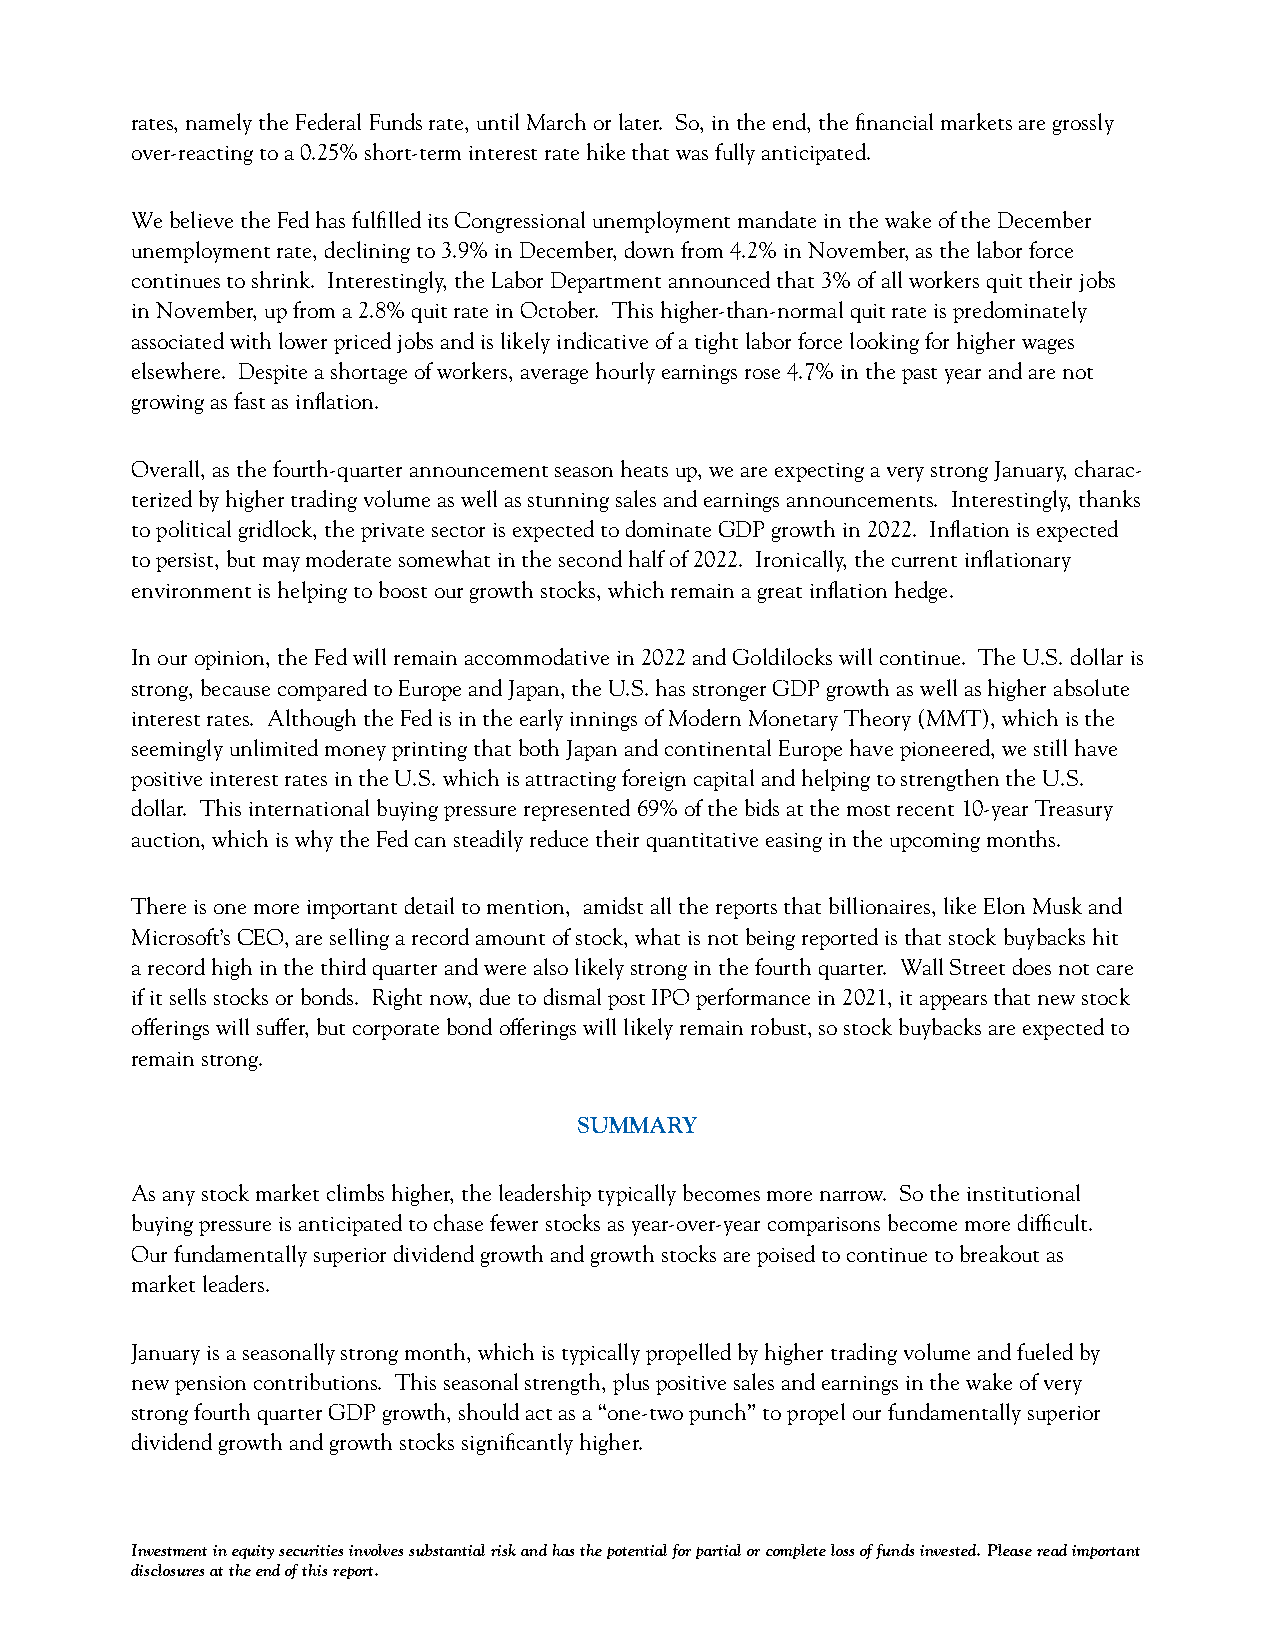
rates, namely the Federal Funds rate, until March or later. So, in the end, the financial markets are grossly
 over-reacting to a 0.25% short-term interest rate hike that was fully anticipated.
 We believe the Fed has fulfilled its Congressional unemployment mandate in the wake of the December
 unemployment rate, declining to 3.9% in December, down from 4.2% in November, as the labor force
 continues to shrink. Interestingly, the Labor Department announced that 3% of all workers quit their jobs
 in November, up from a 2.8% quit rate in October. This higher-than-normal quit rate is predominately
 associated with lower priced jobs and is likely indicative of a tight labor force looking for higher wages
 elsewhere. Despite a shortage of workers, average hourly earnings rose 4.7% in the past year and are not
 growing as fast as inflation.
 Overall, as the fourth-quarter announcement season heats up, we are expecting a very strong January, charac-
 terized by higher trading volume as well as stunning sales and earnings announcements. Interestingly, thanks
 to political gridlock, the private sector is expected to dominate GDP growth in 2022. Inflation is expected
 to persist, but may moderate somewhat in the second half of 2022. Ironically, the current inflationary
 environment is helping to boost our growth stocks, which remain a great inflation hedge.
 In our opinion, the Fed will remain accommodative in 2022 and Goldilocks will continue. The U.S. dollar is
 strong, because compared to Europe and Japan, the U.S. has stronger GDP growth as well as higher absolute
 interest rates. Although the Fed is in the early innings of Modern Monetary Theory (MMT), which is the
 seemingly unlimited money printing that both Japan and continental Europe have pioneered, we still have
 positive interest rates in the U.S. which is attracting foreign capital and helping to strengthen the U.S.
 dollar. This international buying pressure represented 69% of the bids at the most recent 10-year Treasury
 auction, which is why the Fed can steadily reduce their quantitative easing in the upcoming months.
 There is one more important detail to mention, amidst all the reports that billionaires, like Elon Musk and
 Microsoft’s CEO, are selling a record amount of stock, what is not being reported is that stock buybacks hit
 a record high in the third quarter and were also likely strong in the fourth quarter. Wall Street does not care
 if it sells stocks or bonds. Right now, due to dismal post IPO performance in 2021, it appears that new stock
 offerings will suffer, but corporate bond offerings will likely remain robust, so stock buybacks are expected to
 remain strong.
 SuMMARY
 As any stock market climbs higher, the leadership typically becomes more narrow. So the institutional
 buying pressure is anticipated to chase fewer stocks as year-over-year comparisons become more difficult.
 Our fundamentally superior dividend growth and growth stocks are poised to continue to breakout as
 market leaders.
 January is a seasonally strong month, which is typically propelled by higher trading volume and fueled by
 new pension contributions. This seasonal strength, plus positive sales and earnings in the wake of very
 strong fourth quarter GDP growth, should act as a “one-two punch” to propel our fundamentally superior
 dividend growth and growth stocks significantly higher.
 Investment in equity securities involves substantial risk and has the potential for partial or complete loss of funds invested. Please read important
 disclosures at the end of this report.